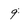
Character: 9